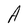
Character: A